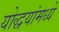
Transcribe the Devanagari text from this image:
योद्धयांमध्ये